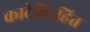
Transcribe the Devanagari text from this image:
काटेविरहित